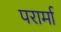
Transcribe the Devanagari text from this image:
परार्मा